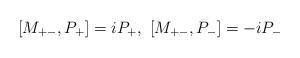
\begin{align*}[M_{+-},P_+]= i P_+ , \ [M_{+-}, P_-] =-i P_-\end{align*}